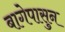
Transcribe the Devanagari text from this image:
बागेपासुन